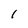
Character: 1